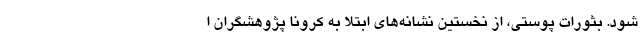
شود. بثورات پوستی، از نخستین نشانه‌های ابتلا به کرونا پژوهشگران ا